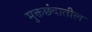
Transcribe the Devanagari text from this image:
मुक्तछंदातील